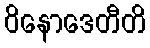
ဝိနောဒေတီတိ